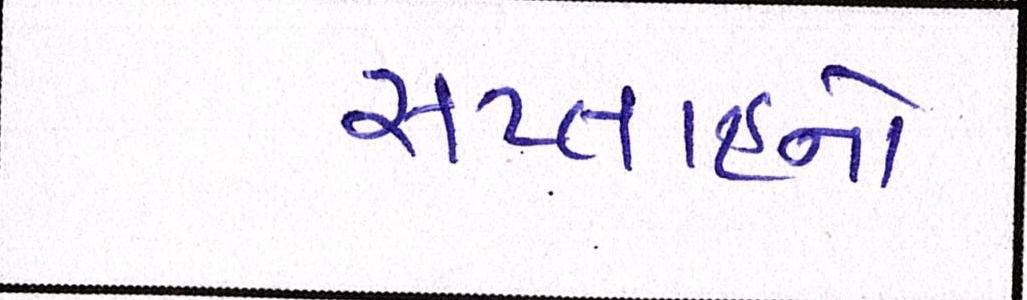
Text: સપ્તાહનો